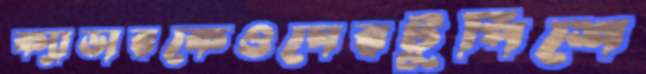
ক্যাডারকেওঘেরটুপিশে